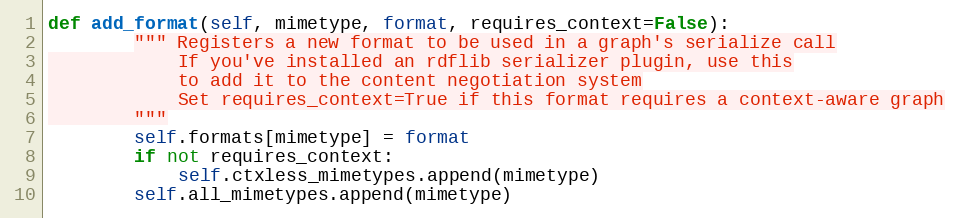
Language: Python
def add_format(self, mimetype, format, requires_context=False):
		""" Registers a new format to be used in a graph's serialize call
		    If you've installed an rdflib serializer plugin, use this
		    to add it to the content negotiation system
		    Set requires_context=True if this format requires a context-aware graph
		"""
		self.formats[mimetype] = format
		if not requires_context:
			self.ctxless_mimetypes.append(mimetype)
		self.all_mimetypes.append(mimetype)